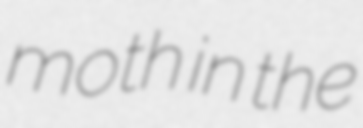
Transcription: moth in the